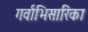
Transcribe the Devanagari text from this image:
गर्वाभिसारिका